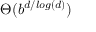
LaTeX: \Theta ( b ^ { d / l o g ( d ) } )